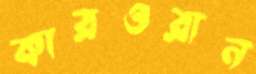
কারওরান